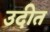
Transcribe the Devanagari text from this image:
उदीत